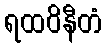
ရထဝိနီတံ